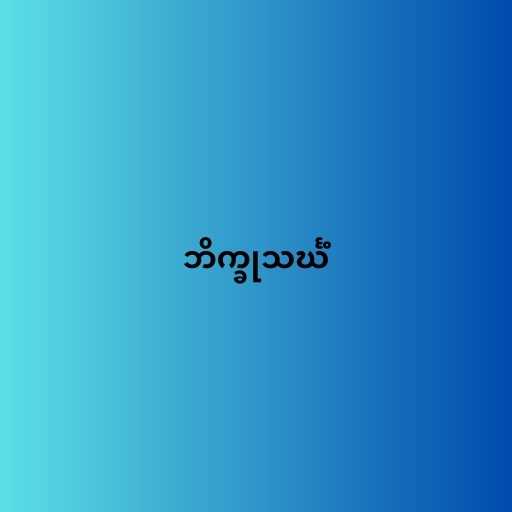
ဘိက္ခုသင်္ဃံ